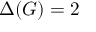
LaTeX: \Delta ( G ) = 2